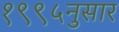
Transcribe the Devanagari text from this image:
१९९५नुसार